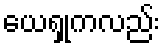
ယေရှုကလည်း